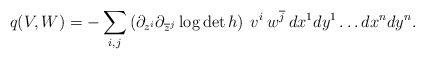
\begin{align*} q(V,W) = - \sum_{i,j} \left( \partial_{z^i} \partial_{\overline{z}^j}\log \det h \right) \: v^i \: w^{\overline{j}} \: dx^1 dy^1 \ldots dx^n dy^n.\end{align*}